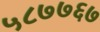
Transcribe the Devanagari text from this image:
५८७७६७